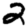
Digit: 2